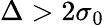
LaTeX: \Delta>2\sigma_{0}